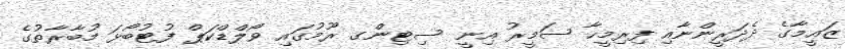
ޒައީމާގެ ދެދަރީންނާއި ފިރިމީހާ ސަމީރު އިނީ ސިޓިންގ ރޫމުގައި ވޯލްޑްކަޕް ފުޓުބޯޅަ މުބާރާތުގެ